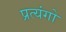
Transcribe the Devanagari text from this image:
प्रत्यंगो